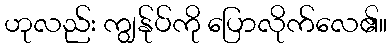
ဟုလည်း ကျွန်ုပ်ကို ပြောလိုက်လေ၏။